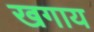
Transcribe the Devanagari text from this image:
खगाय